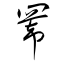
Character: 冪